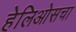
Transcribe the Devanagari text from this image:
हेलिओसचा